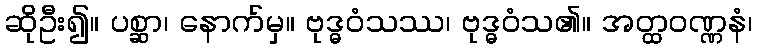
ဆိုဦး၍။ ပစ္ဆာ၊ နောက်မှ။ ဗုဒ္ဓဝံသဿ၊ ဗုဒ္ဓဝံသ၏။ အတ္ထဝဏ္ဏနံ၊